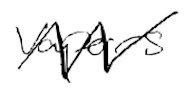
Text: vapors
Cross-out: zig-zag
Writing tool: digital_black